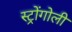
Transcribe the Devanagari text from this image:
स्ट्रोंगोली